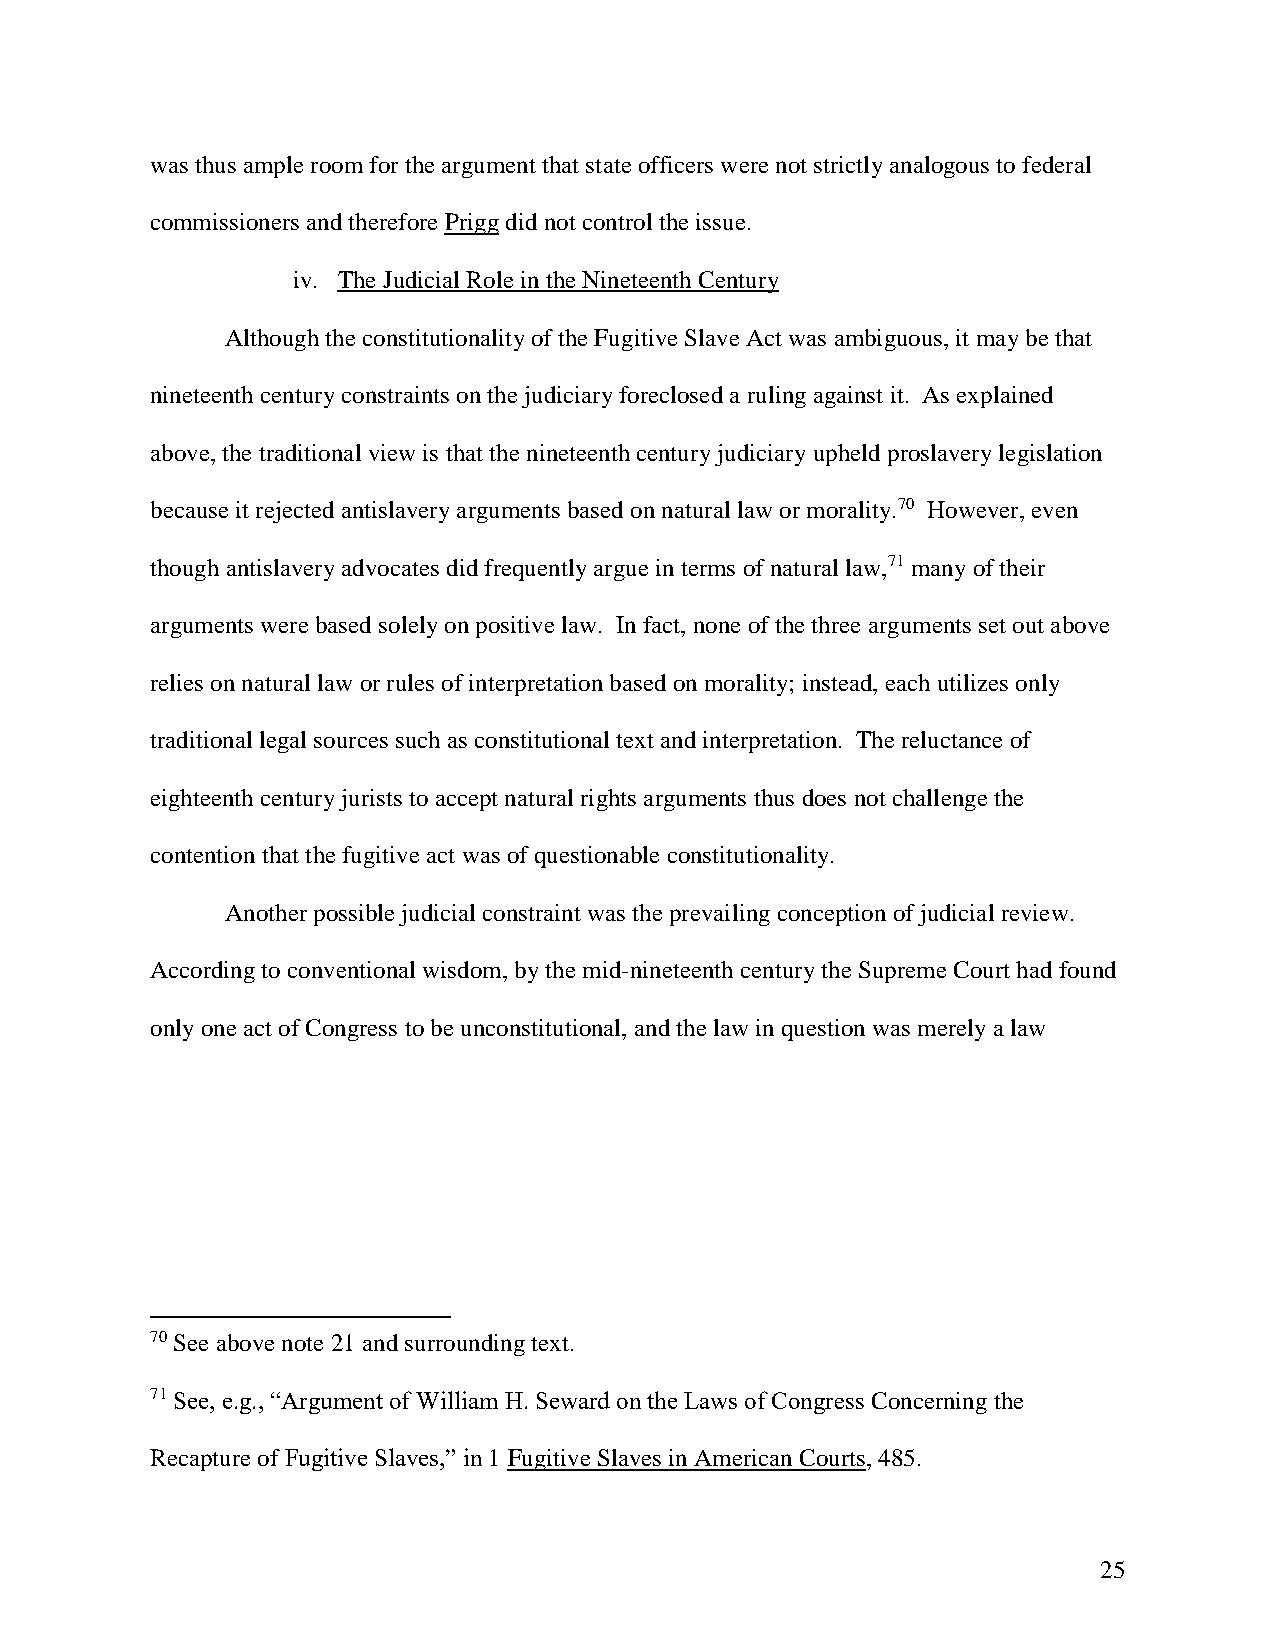
was thus ample room for the argument that state officers were not strictly analogous to federal
 commissioners and therefore Prigg did not control the issue.
 iv. The Judicial Role in the Nineteenth Century
 Although the constitutionality of the Fugitive Slave Act was ambiguous, it may be that
 nineteenth century constraints on the judiciary foreclosed a ruling against it. As explained
 above, the traditional view is that the nineteenth century judiciary upheld proslavery legislation
 because it rejected antislavery arguments based on natural law or morality.70 However, even
 though antislavery advocates did frequently argue in terms of natural law,71 many of their
 arguments were based solely on positive law. In fact, none of the three arguments set out above
 relies on natural law or rules of interpretation based on morality; instead, each utilizes only
 traditional legal sources such as constitutional text and interpretation. The reluctance of
 eighteenth century jurists to accept natural rights arguments thus does not challenge the
 contention that the fugitive act was of questionable constitutionality.
 Another possible judicial constraint was the prevailing conception of judicial review.
 According to conventional wisdom, by the mid-nineteenth century the Supreme Court had found
 only one act of Congress to be unconstitutional, and the law in question was merely a law
 70 See above note 21 and surrounding text.
 71 See, e.g., “Argument of William H. Seward on the Laws of Congress Concerning the
 Recapture of Fugitive Slaves,” in 1 Fugitive Slaves in American Courts, 485.
 25